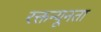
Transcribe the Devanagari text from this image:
रक्तन्यूनता